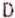
D